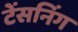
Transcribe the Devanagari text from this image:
टेंसनिंग